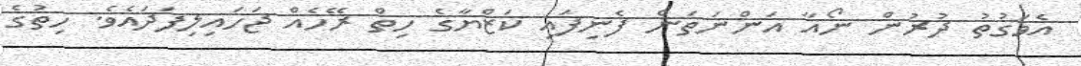
އެވަގުތު ދުރުން ނޯއާ އަންނަތަން ފެނިފައި ކަޒްޔާގެ ހިތް ރޭހެއް ޖަހައިލިފަދައެވެ. ހިތުގެ